Report of the King Institute of Preventive Medicine, Guindy
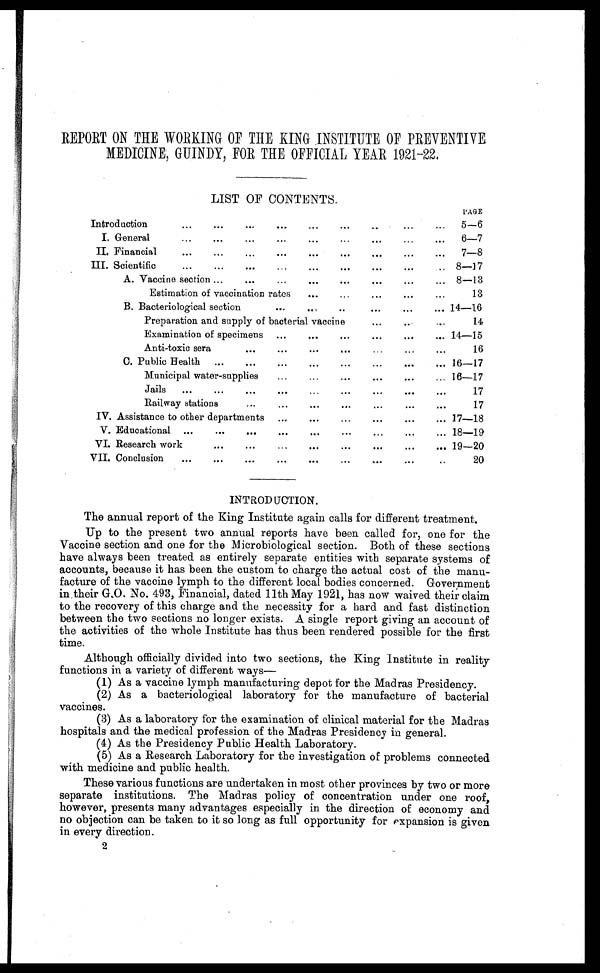
REPORT ON THE WORKING OF THE KING INSTITUTE OF PREVENTIVE.
MEDICINE, GUINDY, FOR THE OFFICIAL YEAR 1921-22.
LIST OF CONTENTS.
PAGE
Introduction
...
...
...
...
...
...
. . .
5—6
I. General
...
...
...
...
...
...
...
...
. . . 6—7
II. Financial
...
...
...
...
...
...
...
...
...
7—8
III. Scientific
...
...
...
...
...
...
...
. . .
8—17
A. Vaccine section ...... 8—13
Est i mat i on of vacci nat i on rat es. . .
1 3
B. Bacteriological section
...
...
...
...
...
... 14—16
Preparation and supply of bacterial vaccine
...
...
...
14
Examination of specimens ...
...
...
...
...
. . . 14—15
Anti-toxic sera
...
...
...
...
...
...
. . .
16
C. Public Health
...
...
...
...
...
...
...
. . . 16—17
Municipal water-supplies
...
...
...
...
...
... 16—17
Jails
...
...
...
...
...
...
...
...
. . .
17
Railway stations..
...
...
...
...
...
. . .
1 7
IV. Assistance to other departments
17—18
V. Educational ...
...
...
...
...
...
...
...
... 18—19
VI. Research work
...
...
...
...
...
...
...
. . . 19—20
VII. Conclusion
...
...
...
...
...
...
...
...
..
20
INTRODUCTION.
The annual report of the King Institute again calls for different treatment.
Up to the present two annual reports have been called for, one for the
Vaccine section and one for the Microbiological section. Both of these sections
have always been treated as entirely separate entities with separate systems of
accounts, because it has been the custom to charge the actual cost of the manu
-facture of the vaccine lymph to the different local bodies concerned. Government
in their G.0. No. 493, Financial, dated 11th May 1921, has now waived their claim
to the recovery of this charge and the necessity for a hard and fast distinction
between the two sections no longer exists. A single report giving an account of
the activities of the whole Institute has thus been rendered possible for the first
time.
Although officially divided into two sections, the King Institute in reality
functions in a variety of different ways—
(1) As a vaccine lymph manufacturing depot for the Madras Presidency.
(2) As a bacteriological laboratory for the manufacture of bacterial
vaccines.
(3) As a laboratory for the examination of clinical material for the Madras
hospitals and the medical profession of the Madras Presidency in general.
(4) As the Presidency Public Health Laboratory.
(5) As a Research Laboratory for the investigation of problems connected
with medicine and public health.
These various functions are undertaken in most other provinces by two or more
separate institutions. The Madras policy of concentration under one roof,
however, presents many advantages especially in the direction of economy and
no objection can be taken to it so long as full opportunity for expansion is given
in every direction.
2